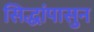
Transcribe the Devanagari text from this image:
सिद्धांपासुन